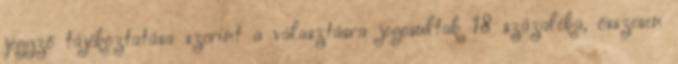
jegyző tájékoztatása szerint a választásra jogosultak 18 százaléka, összesen